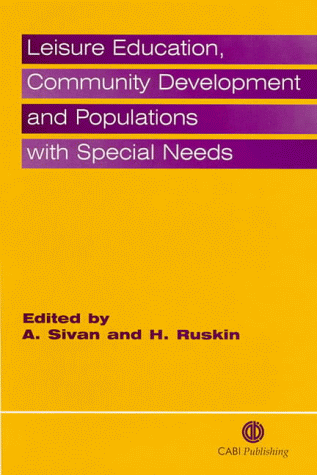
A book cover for Leisure Education, Community Development and Populations with Special Needs (Cabi); Atara Sivan; Travel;